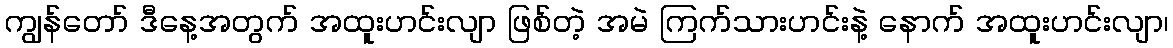
ကျွန်တော် ဒီနေ့အတွက် အထူးဟင်းလျာ ဖြစ်တဲ့ အမဲ ကြက်သားဟင်းနဲ့ နောက် အထူးဟင်းလျာ၊